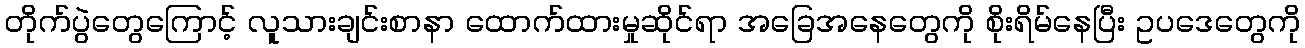
တိုက်ပွဲတွေကြောင့် လူသားချင်းစာနာ ထောက်ထားမှုဆိုင်ရာ အခြေအနေတွေကို စိုးရိမ်နေပြီး ဥပဒေတွေကို